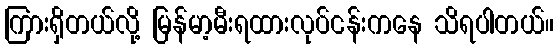
ကြားရှိတယ်လို့ မြန်မာ့မီးရထားလုပ်ငန်းကနေ သိရပါတယ်။